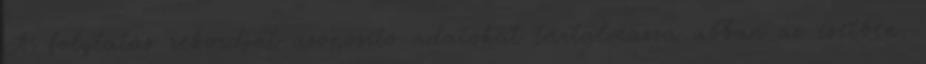
A folytatás rekordját azonosító adatokat tartalmazza abban az esetben,